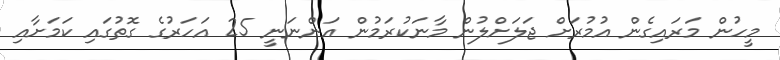
މީހުން މަރައިގެން އުމުރަށް ޖަލަށްލުން މާނަކުރަމުން އަންނަނީ 25 އަހަރުގެ ގޮތުގައި ކަމަށާއި